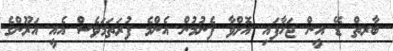
ބާރތް ޑޭ އީން ޖަހާފައި އޮށްވާ ފެނުމުން އެންމެ ފުރަތަމަވެސް އެއީ އަރޫންގެ